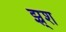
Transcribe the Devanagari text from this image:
झ्र्श